Lunatic asylums in Bengal annual reports 1899-1911 - 1899-1911
Year: 1899
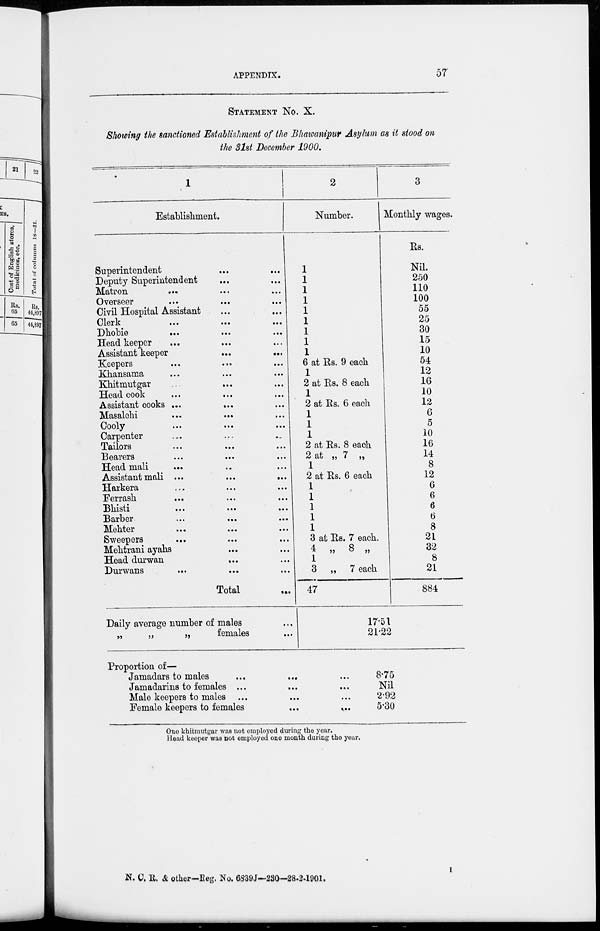
APPENDIX.
57
STATEMENT No. X.
Showing the sanctioned Establishment of the Bhawanipur Asylum as it stood on
the 31st December 1900.
1
Establishment.
Superintendent ... ...
Deputy Superintendent ... ...
Matron
... ... ...
Overseer ... ... ...
Civil Hospital Assistant ... ...
Clerk ... ... ...
Dhobie
... ... ...
Head keeper ... ... ...
Assistant keeper ... ...
Keepers
...
...
...
Khansama ... ... ...
Khitmutgar ... ... ...
Head cook ... ... ...
Assistant cooks ...
... ...
Masalchi ... ... ...
Cooly ... ... ...
Carpenter ... ... ...
Tailors ... ... ...
Bearers ... ... ...
Head mali ... ... ...
Assistant mali ...
...
...
Harkera ... ... ...
Ferrash ... ... ...
Bhisti ... ... ...
Barber ... ... ...
Mehter ... ... ...
Sweepers ... ... ...
Mehtrani ayahs ... ...
Head durwan
... ...
Durwans ... ... ...
Total ...
Daily average number of males
„
„
„
females ...
Proportion of—
2
Number.
1
1
1
1
1
1
1
1
1
6 at Rs. 9 each
1
2 at Rs. 8 each
1
2 at Rs. 6 each
1
1
1
2 at Rs. 8 each
2 at „ 7 „
1
2 at Rs. 6 each
1
1
1
1
1
3 at Rs. 7 each.
4 „ 8 „
1
3 „ 7 each
47
3
Monthly wages.
Rs.
Nil.
250
110
100
55
25
30
15
10
54
12
16
10
12
6
5
10
16
14
8
12
6
6
6
6
8
21
32
8
21
884
17.51
21.22
Jamadars to males ...
Jamadarins to females ...
Male keepers to males ...
Female keepers to females
...
...
8.75
Nil
2.92
5.30
One khitmutgar was not employed during the year.
Head keeper was not employed one month during the year.
N. C. R. & other—Reg. No. 6839J—230—28-2-1901,
I